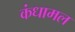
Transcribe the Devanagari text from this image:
कंधामल